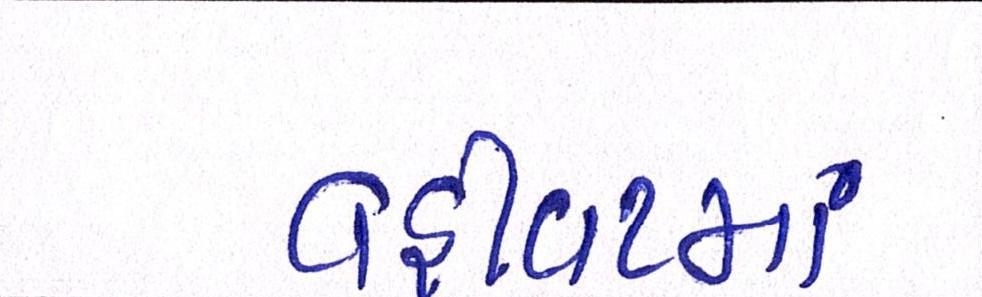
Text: વહીવટમાં